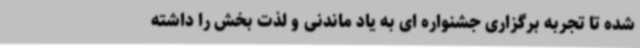
شده تا تجربه برگزاری جشنواره ای به یاد ماندنی و لذت بخش را داشته